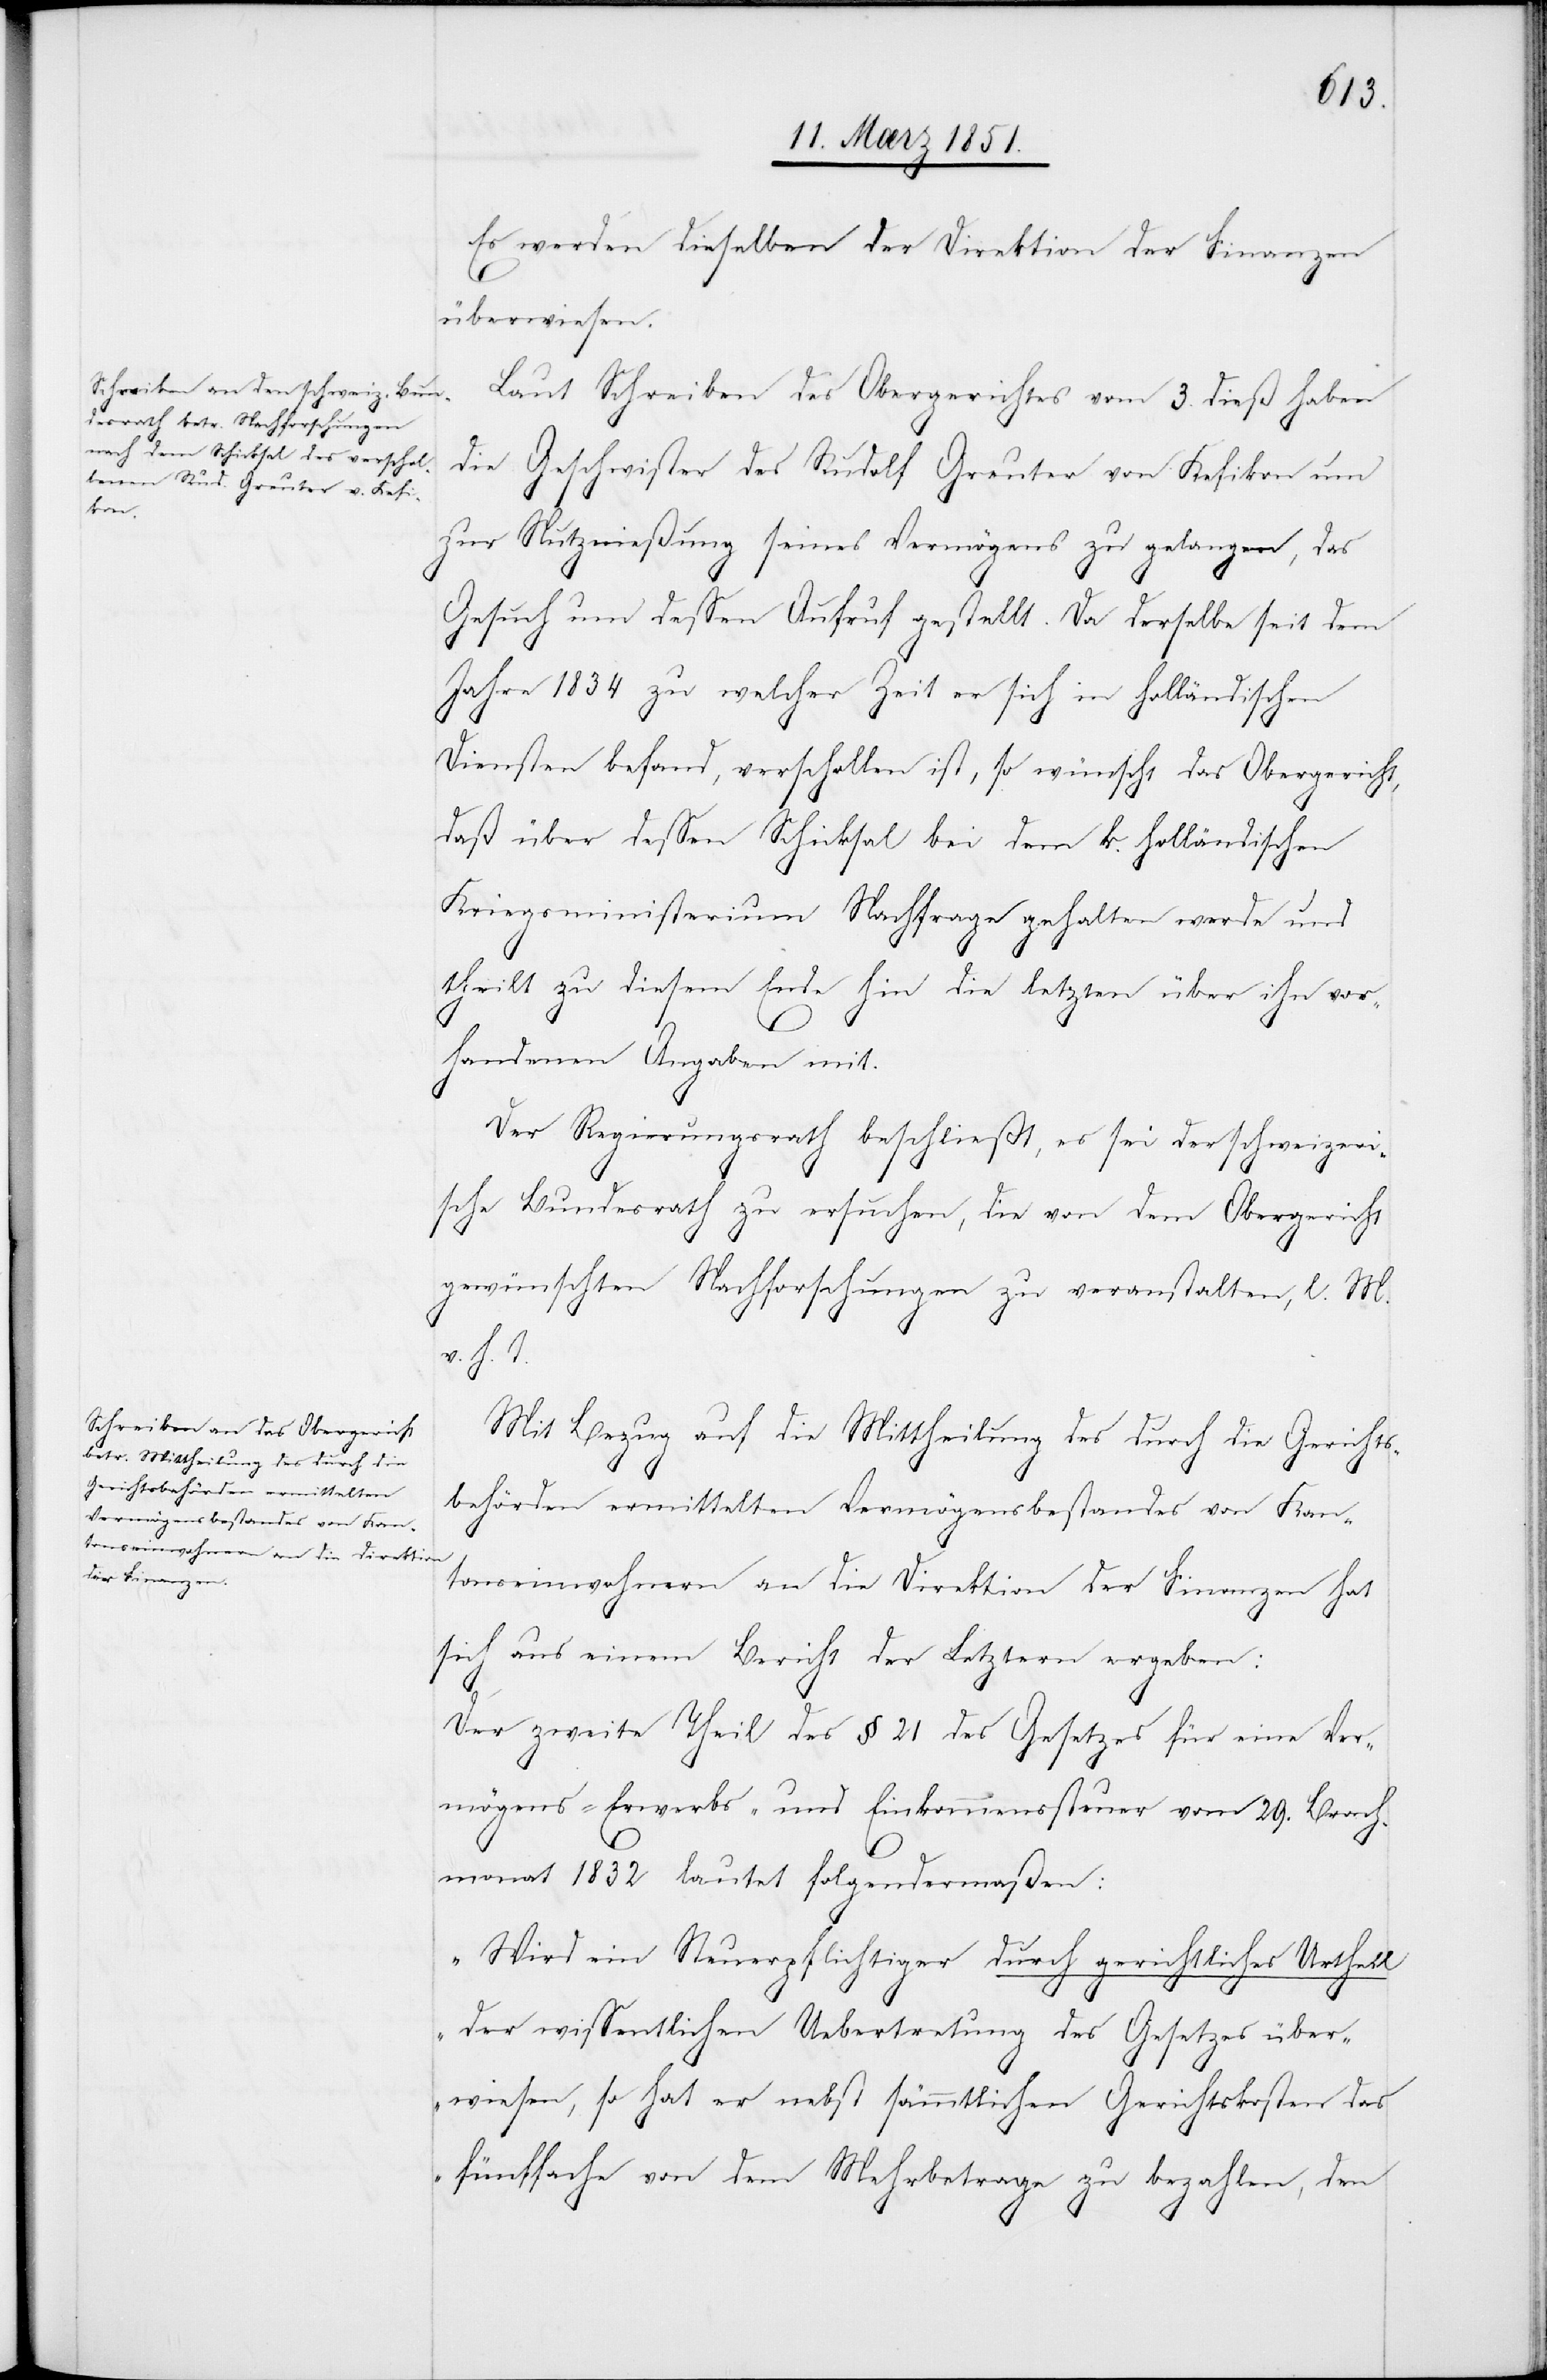
Es werden dieselben der Direktion der Finanzen
überwiesen.
Laut Schreiben des Obergerichtes vom 3. dieß haben
die Geschwister des Rudolf Greuter von Kefikon um
zur Nutznießung seines Vermögens zu gelangen, das
Gesuch um dessen Aufruf gestellt. Da derselbe seit dem
Jahre 1834 zu welcher Zeit er sich im holländischen
Dienste befand, verschollen ist, so wünscht das Obergericht,
daß über dessen Schicksal bei dem k. holländischen
Kriegsministerium Nachfrage gehalten werde und
theilt zu diesem Ende hin die letzten über ihn vor¬
handenen Angaben mit.
Der Regierungsrath beschließt, es sei der schweizeri¬
sche Bundesrath zu ersuchen, die von dem Obergericht
gewünschten Nachforschungen zu veranstalten, l. M.
v. h. T.
Mit Bezug auf die Mittheilung des durch die Gerichts¬
behörden ermittelten Vermögensbestandes von Kan¬
tonseinwohnern an die Direktion der Finanzen hat
sich aus einem Bericht der Letztern ergeben:
Der zweite Theil des § 21 des Gesetzes für eine Ver¬
mögens-[,] Erwerbs- und Einkommenssteuer vom 29. Brach¬
monat 1832 lautet folgendermaßen:
„Wird ein Steuerpflichtiger durch gerichtliches Urtheil
der wissentlichen Uebertretung des Gesetzes über¬
wiesen, so hat er nebst sämmtlichen Gerichtskosten das
fünffache von dem Mehrbetrage zu bezahlen, den